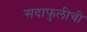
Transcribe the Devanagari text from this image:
सदाफुलीची